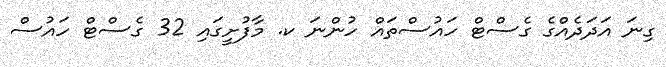
ގިނަ އަދަދެއްގެ ގެސްޓް ހައުސްތައް ހުންނަ ކ. މާފުށީގައި 32 ގެސްޓް ހައުސް